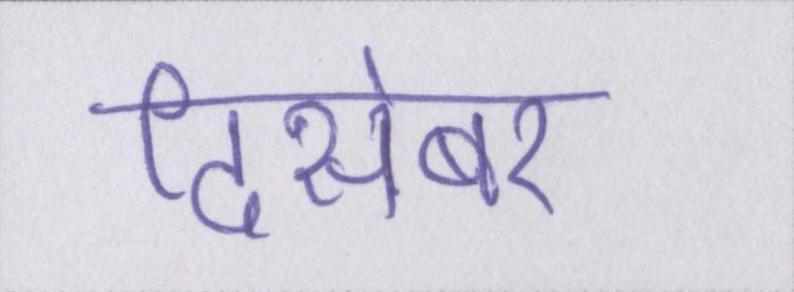
दिसंबर